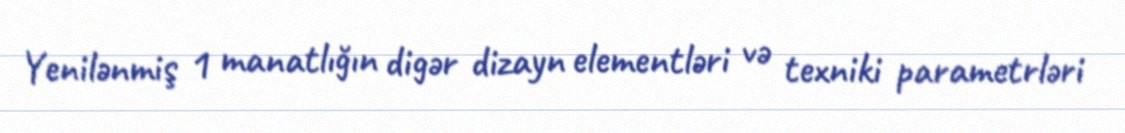
Yenilənmiş 1 manatlığın digər dizayn elementləri və texniki parametrləri